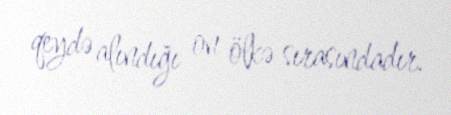
qeydə alındığı on ölkə sırasındadır.